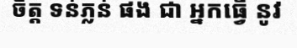
ចិត្ត ទន់ភ្លន់ ផង ជា អ្នកធ្វើ នូវ